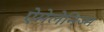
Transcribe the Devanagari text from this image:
ऐमेलेनिज्म